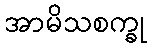
အာမိသစက္ခု